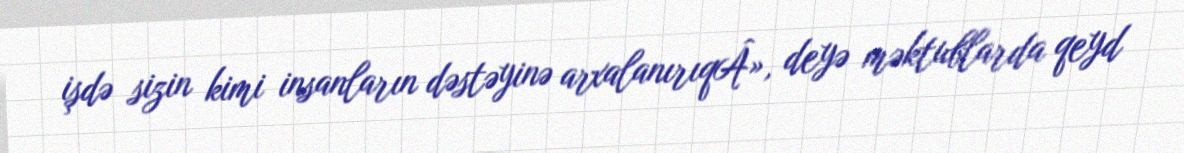
işdə sizin kimi insanların dəstəyinə arxalanırıqÂ», deyə məktublarda qeyd